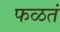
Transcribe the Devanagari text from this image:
फळतं